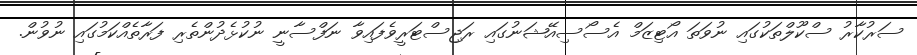
ސަރުކާރު ސްކޫލްތަކުގައި ނުވަތަ އޯޓިޒަމް އެސޯސިއޭޝަނުގައި ރަޖިސްޓަރީވެފައިވާ ނަފްސާނީ ނުކުޅެދުންތެރި ފަރާތެއްކަމުގައި ނުވުން.